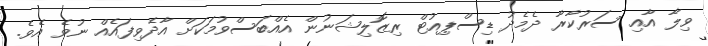
ވިލާ އާއި ސަރުކާރާ ދެމެދު ޑިސްޕިއުޓް ރިޒޮލިޝަނުން އެއްބަސްވުމަކަށް އާދެވިފައެއް ނުވެ އެވެ.